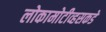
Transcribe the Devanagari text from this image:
लोकामोटीव्हसकडे